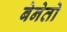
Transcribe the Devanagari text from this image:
बेनेतो